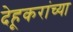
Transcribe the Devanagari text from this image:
देहूकरांच्या